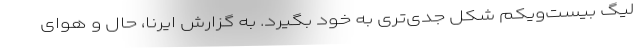
لیگ بیست‌ویکم شکل جدی‌تری به خود بگیرد. به گزارش ایرنا، حال و هوای